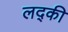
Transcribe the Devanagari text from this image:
लद्की